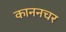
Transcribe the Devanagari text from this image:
काननचर